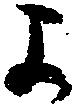
よ